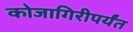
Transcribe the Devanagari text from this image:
कोजागिरीपर्यंत